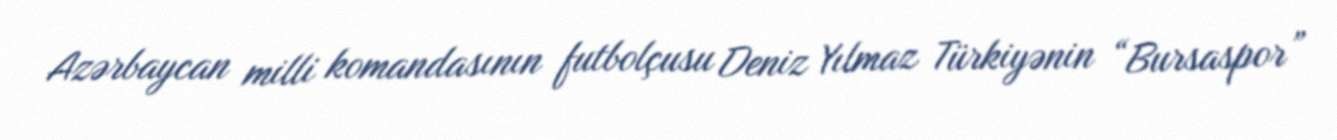
Azərbaycan milli komandasının futbolçusu Deniz Yılmaz Türkiyənin “Bursaspor”